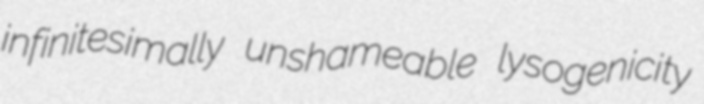
infinitesimally unshameable lysogenicity